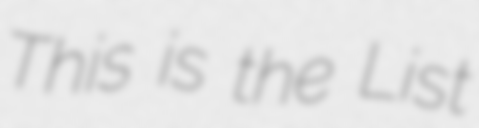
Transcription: This is the List